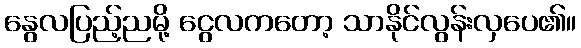
နွေလပြည့်ညမို့ ငွေလကတော့ သာနိုင်လွန်းလှပေ၏။